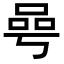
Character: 𠵛